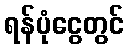
ရန်ပုံငွေတွင်